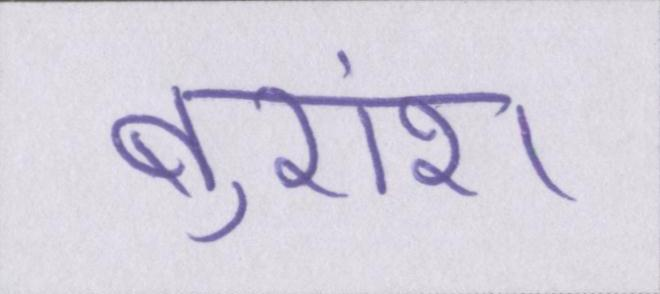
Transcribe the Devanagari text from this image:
बुरांश